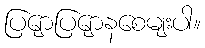
ပြျောပြျောနစေမျးပါ။